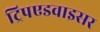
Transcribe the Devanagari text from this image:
ट्रिपएडवाइसर